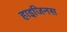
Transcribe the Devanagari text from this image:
हाइजिनस